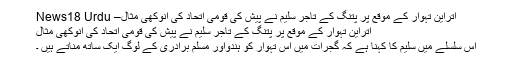
اتراين تہوار کے موقع پر پتنگ کے تاجر سلیم نے پیش کی قومی اتحاد کی انوكھی مثال– News18 Urdu
اتراين تہوار کے موقع پر پتنگ کے تاجر سلیم نے پیش کی قومی اتحاد کی انوكھی مثال
اس سلسلے میں سلیم کا کہنا ہے کہ گجرات میں اس تہوار کو ہندواور مسلم برادری کے لوگ ایک ساتھ مناتے ہیں ۔